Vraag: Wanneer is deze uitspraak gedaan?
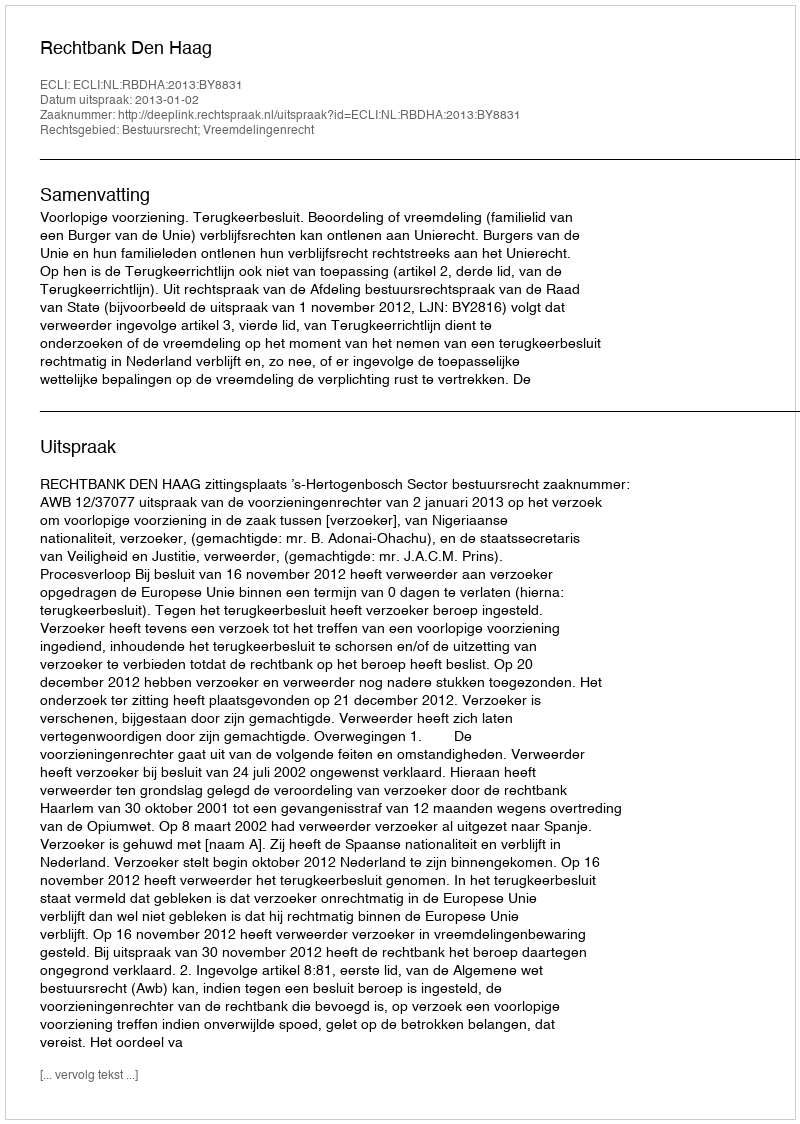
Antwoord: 2013-01-02